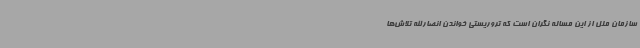
سازمان ملل از این مساله نگران است که تروریستی خواندن انصارالله تلاش‌ها